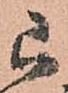
已